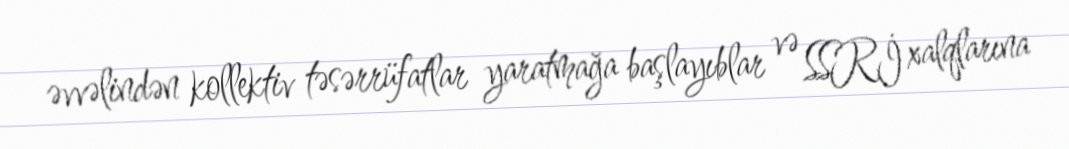
əvvəlindən kollektiv təsərrüfatlar yaratmağa başlayıblar və SSRİ xalqlarına